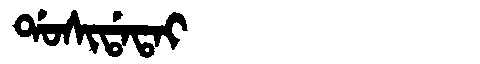
Manchu: ᡩᠣᠰᡳᡩᠠᡨᠠᡳ
Romanization: DOSIDATAI